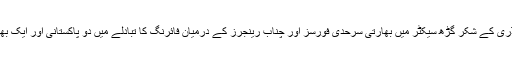
31 دسمبر کو ورکنگ باؤنڈری کے شکر گڑھ سیکٹر میں بھارتی سرحدی فورسز اور چناب رینجرز کے درمیان فائرنگ کا تبادلے میں دو پاکستانی اور ایک بھارتی اہلکار ہلاک ہو گیا تھا۔